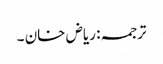
ترجمہ: ریاض خان ۔